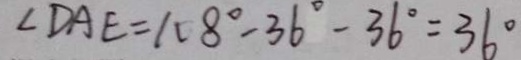
\angle D A E = 1 0 8 ^ { \circ } - 3 6 ^ { \circ } - 3 6 ^ { \circ } = 3 6 ^ { \circ }